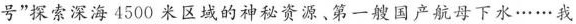
号”探索深海4500米区域的神秘资源、第一艘国产航母下水……我